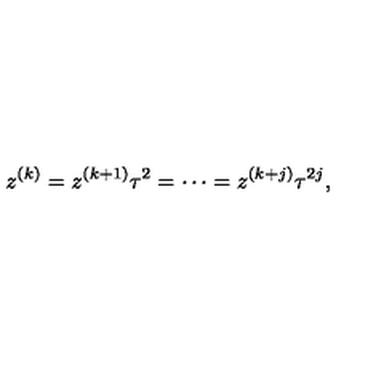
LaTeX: z ^ { ( k ) } = z ^ { ( k + 1 ) } \tau ^ { 2 } = \cdots = z ^ { ( k + j ) } \tau ^ { 2 j } ,